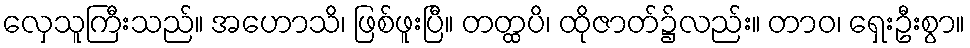
လှေသူကြီးသည်။ အဟောသိ၊ ဖြစ်ဖူးပြီ။ တတ္ထပိ၊ ထိုဇာတ်၌လည်း။ တာဝ၊ ရှေးဦးစွာ။